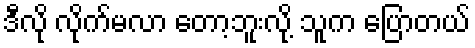
ဒီလို လိုက်မလာ တော့ဘူးလို့ သူက ပြောတယ်